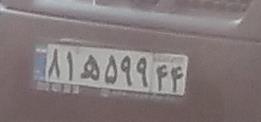
۸۱ه۵۹۹۴۴